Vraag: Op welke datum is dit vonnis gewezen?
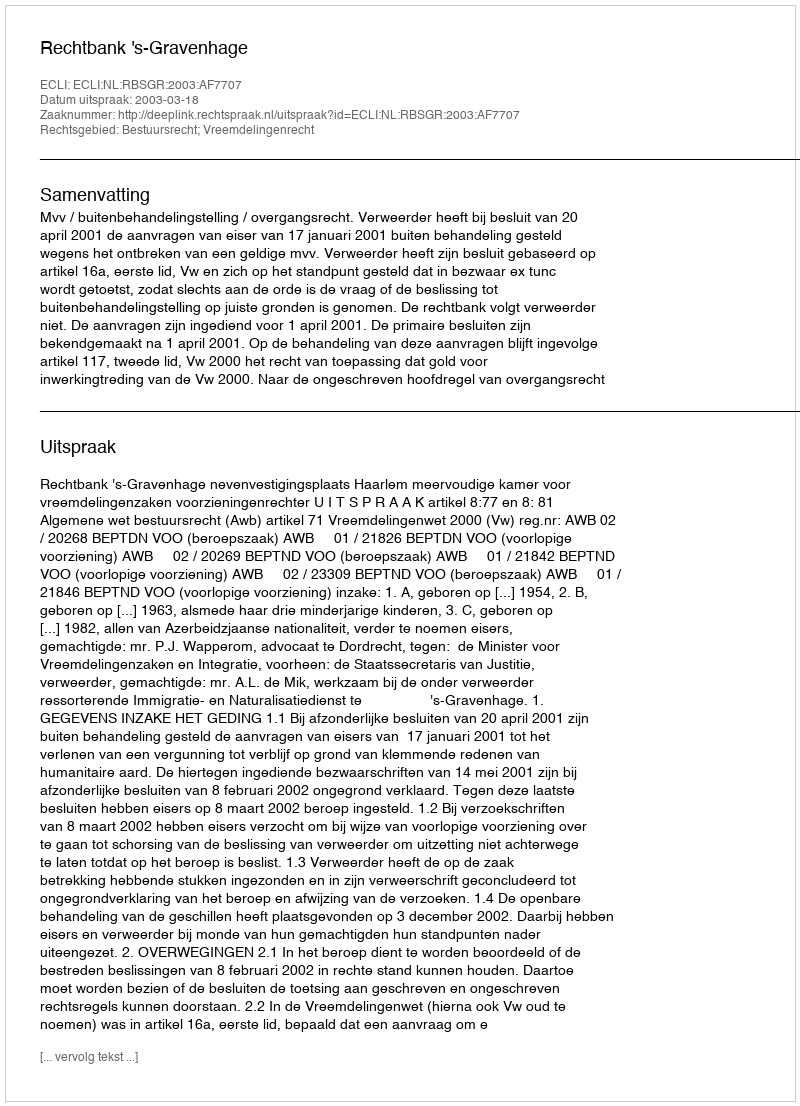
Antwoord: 2003-03-18